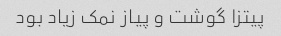
پیتزا گوشت و پیاز نمک زیاد بود